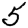
Digit: 5